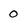
Character: 0